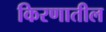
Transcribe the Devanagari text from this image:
किरणातील